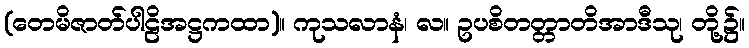
(တေမိဇာတ်ပါဠိအဋ္ဌကထာ)။ ကုသလာနံ၊ လ။ ဥပစိတတ္တာတိအာဒီသု၊ တို့၌။